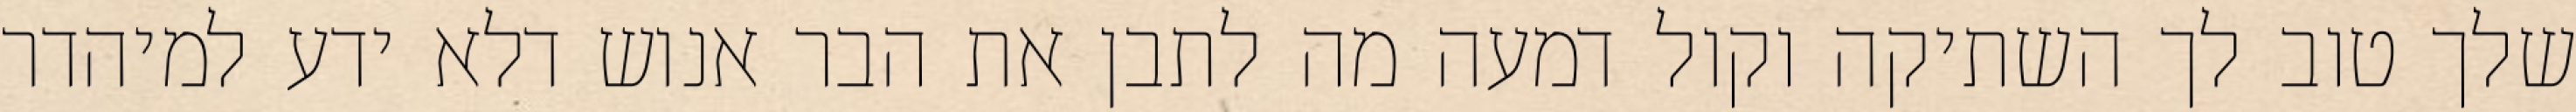
שלך טוב לך השתיקה וקול דמעה מה לתבן את הבר אנוש דלא ידע למיהדר